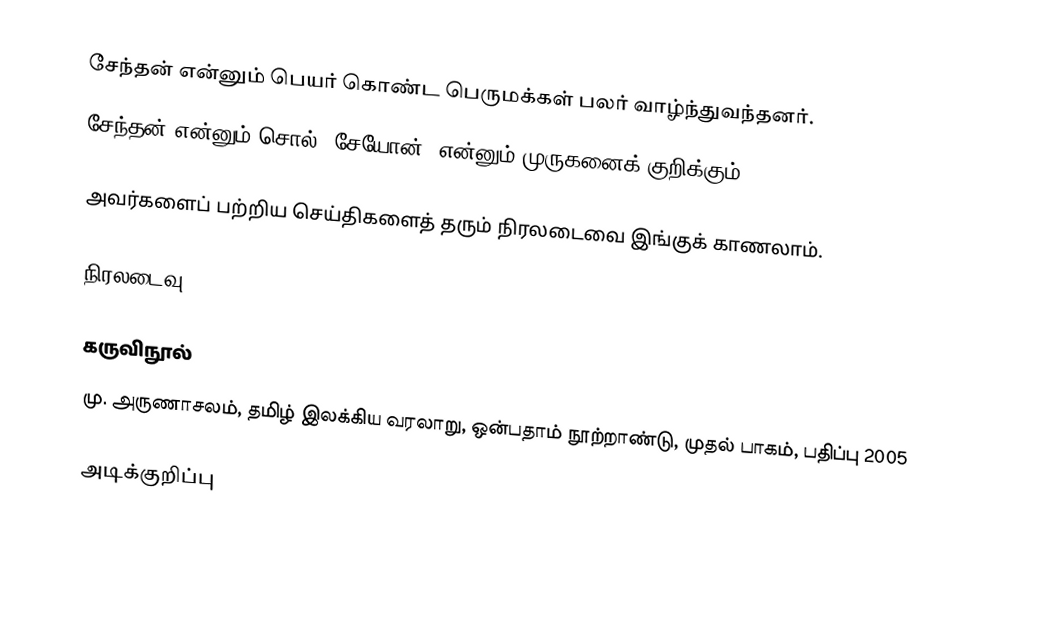
சேந்தன் என்னும் பெயர் கொண்ட பெருமக்கள் பலர் வாழ்ந்துவந்தனர்.
சேந்தன் என்னும் சொல் 'சேயோன்'  என்னும் முருகனைக் குறிக்கும்.

அவர்களைப் பற்றிய செய்திகளைத் தரும் நிரலடைவை இங்குக் காணலாம்.

நிரலடைவு

கருவிநூல்
மு. அருணாசலம், தமிழ் இலக்கிய வரலாறு, ஒன்பதாம் நூற்றாண்டு, முதல் பாகம், பதிப்பு 2005

அடிக்குறிப்பு